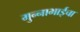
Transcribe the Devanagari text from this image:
मुन्नाभाईचा